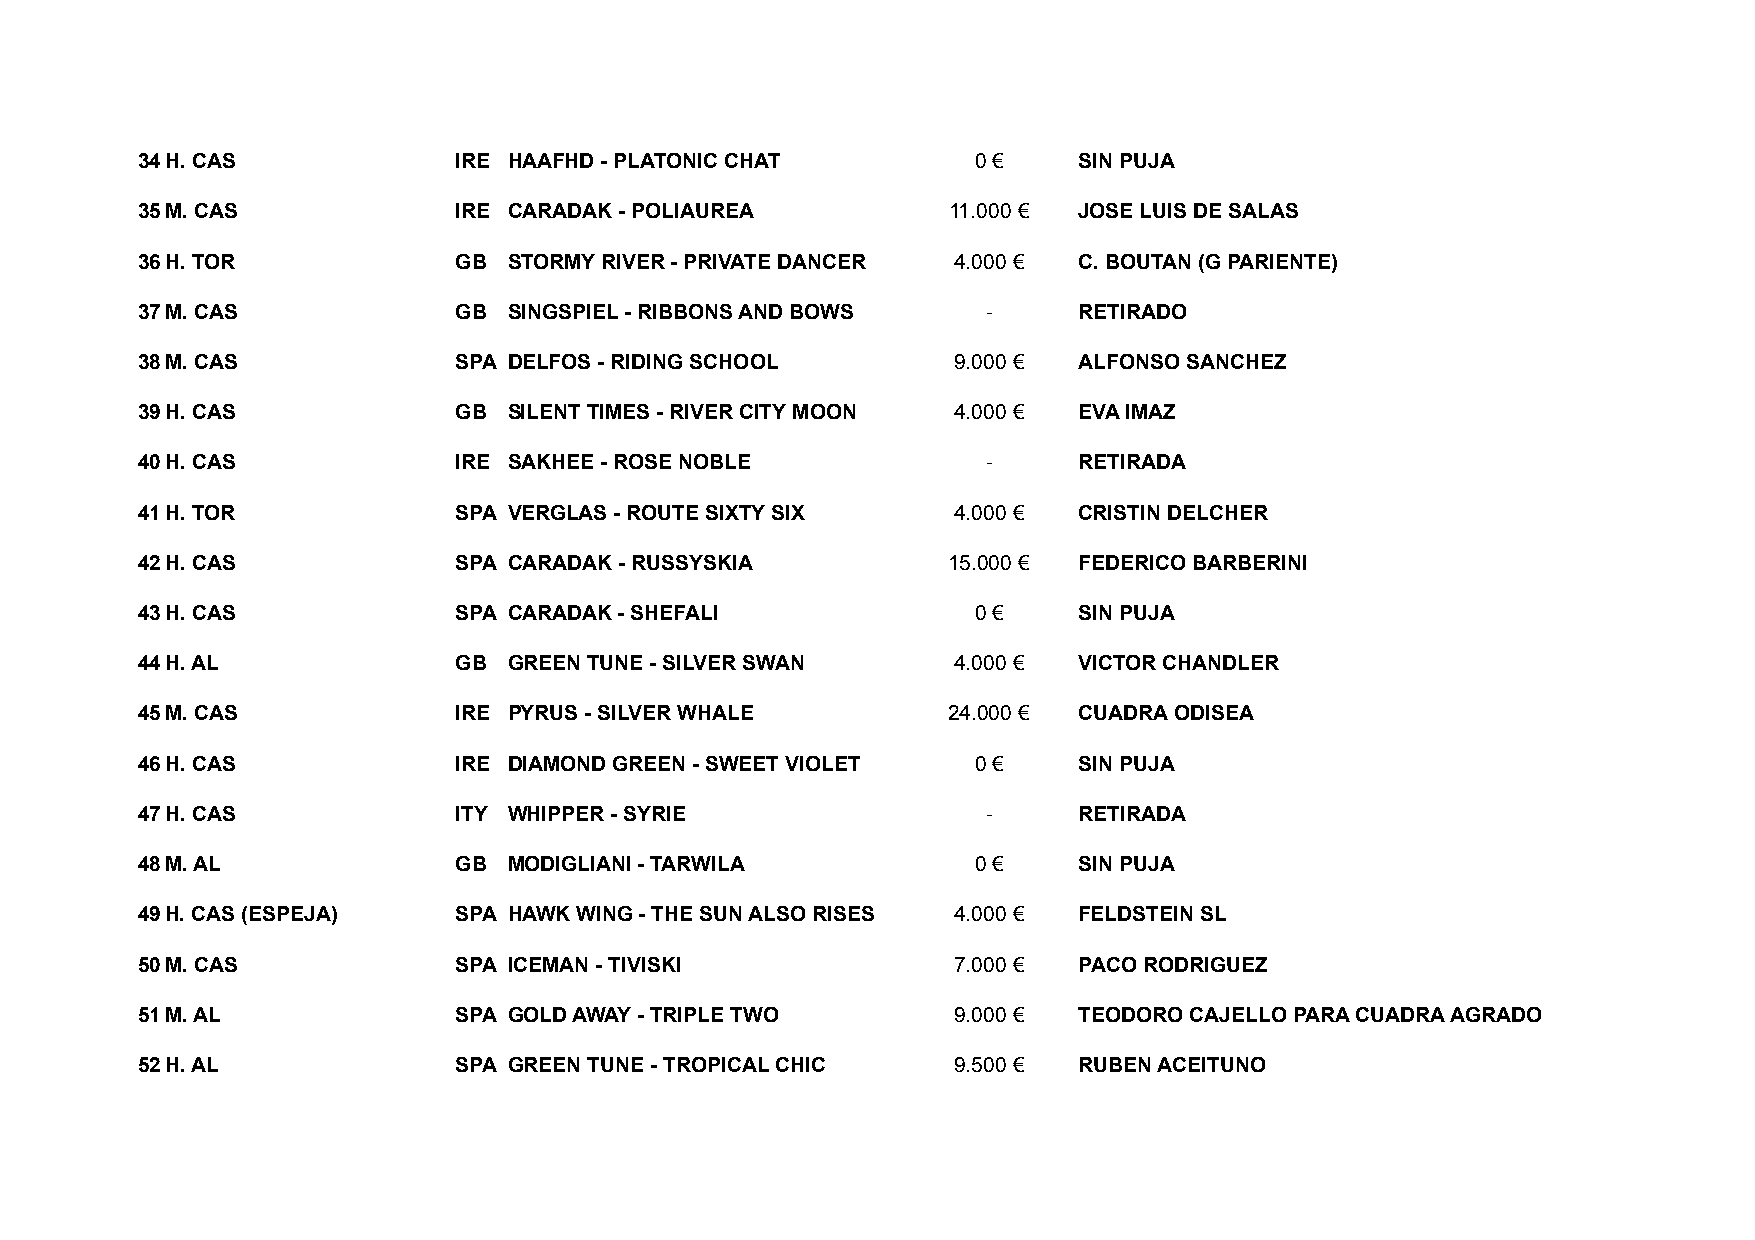
34H. CAS             IRE HAAFHD - PLATONIC CHAT        0 €    SIN PUJA
 35M. CAS             IRE CARADAK - POLIAUREA          11.000 € JOSE LUIS DE SALAS
 36H. TOR             GB  STORMY RIVER - PRIVATE DANCER 4.000 € C. BOUTAN (G PARIENTE)
 37M. CAS             GB  SINGSPIEL - RIBBONS AND BOWS   -     RETIRADO
 38M. CAS             SPA DELFOS - RIDING SCHOOL       9.000 € ALFONSO SANCHEZ
 39H. CAS             GB  SILENT TIMES - RIVER CITY MOON 4.000 € EVA IMAZ
 40H. CAS             IRE SAKHEE - ROSE NOBLE            -     RETIRADA
 41H. TOR             SPA VERGLAS - ROUTE SIXTY SIX    4.000 € CRISTIN DELCHER
 42H. CAS             SPA CARADAK - RUSSYSKIA          15.000 € FEDERICO BARBERINI
 43H. CAS             SPA CARADAK - SHEFALI             0 €    SIN PUJA
 44H. AL              GB  GREEN TUNE - SILVER SWAN     4.000 € VICTOR CHANDLER
 45M. CAS             IRE PYRUS - SILVER WHALE         24.000 € CUADRA ODISEA
 46H. CAS             IRE DIAMOND GREEN - SWEET VIOLET  0 €    SIN PUJA
 47H. CAS             ITY WHIPPER - SYRIE                -     RETIRADA
 48M. AL              GB  MODIGLIANI - TARWILA          0 €    SIN PUJA
 49H. CAS (ESPEJA)    SPA HAWK WING - THE SUN ALSO RISES 4.000 € FELDSTEIN SL
 50M. CAS             SPA ICEMAN - TIVISKI             7.000 € PACO RODRIGUEZ
 51M. AL              SPA GOLD AWAY - TRIPLE TWO       9.000 € TEODORO CAJELLO PARA CUADRA AGRADO
 52H. AL              SPA GREEN TUNE - TROPICAL CHIC   9.500 € RUBEN ACEITUNO